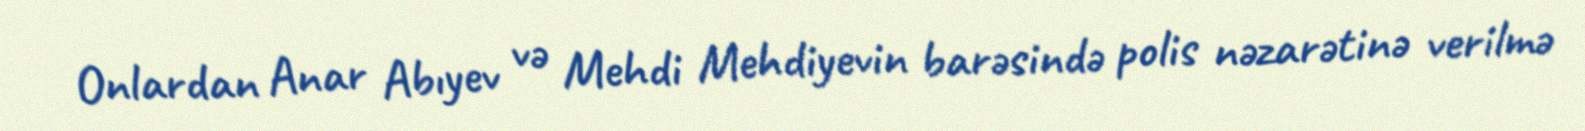
Onlardan Anar Abıyev və Mehdi Mehdiyevin barəsində polis nəzarətinə verilmə